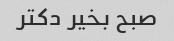
صبح بخیر دکتر